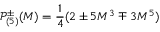
\mathcal { P } _ { ( 5 ) } ^ { \pm } ( M ) = \frac { 1 } { 4 } ( 2 \pm 5 M ^ { 3 } \mp 3 M ^ { 5 } )